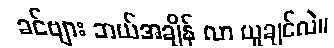
ခင်ဗျား ဘယ်အချိန် လာ ယူချင်လဲ။